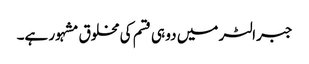
جبرالٹر میں دو ہی قسم کی مخلوق مشہور ہے۔